Annual report on the working of the lock hospitals in the Central Provinces
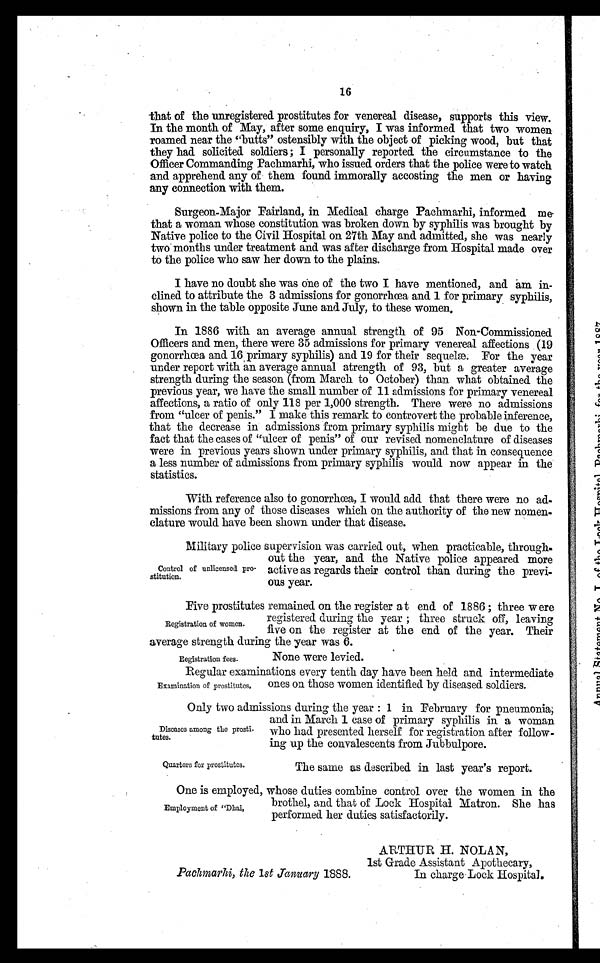
16
-that of the unregistered prostitutes for venereal disease, supports this view.
In the month of May, after some enquiry, I was informed that two women
roamed near the "butts" ostensibly with the object of picking wood, but that
they had solicited soldiers ; I personally reported the circumstance to the
Officer Commanding Pachmarhi, who issued orders that the police were to watch
and apprehend any of them found immorally accosting the men or having
any connection with them.
Surgeon-Major Fairland, in Medical charge Pachmarhi, informed me-
that a woman whose constitution was broken clown by syphilis was brought by
Native police to the Civil Hospital on 27th May and admitted, she was nearly
two" months under treatment and was after discharge from Hospital made over
to the police who saw her down to the plains.
I have no doubt she was one of the two I have mentioned, and am in-
clined to attribute the 3 admissions for gonorrhœa and 1 for primary syphilis,
shown in the table opposite June and. July, to these women.
In 1886 with an average annual strength of 95 Non-Commissioned
Officers and men, there were 35 admissions for primary venereal affections (19
gonorrhoea and 16 primary syphilis) and 19 for their sequelæ. For the year
under report with an average annual atrength of 93, but a greater average
strength during the season (from March to October) than what obtained the
previous year, we have the small number of 11 admissions for primary venereal
affections, a ratio of only 118 per 1,000 strength. There were no admissions
from "ulcer of penis." I make this remark to controvert the probable inference,
that the decrease in admissions from primary syphilis might be due to the
fact that the cases of "ulcer of penis" of our revised nomenclature of diseases
were in previous years shown under primary syphilis, and that in. consequence
a less number of admissions from. primary syphilis would now appear in. the
statistics.
With reference also to gonorrhoea, I would add that there were no ad-
missions from any of those diseases which on the authority of the new nomen-
clature would have been shown under that disease.
Military police supervision was carried out, when practicable, through.
out the year, and. the Native police appeared. more
active as regards their control than during the previ-
ous year.
Control of unlicensed pro-
stitution.
Five prostitutes remained on the register at end of 1886 ; three were
registered during the year ; three struck off, leaving
five on the register at the end. of the year. Their
average strength during the year was 6.
Registration of women.
Registration fees.
None were levied.
Regular examinations every tenth day have been held and intermediate
ones on those women identified by diseased. soldiers.
Examination of prostitutes,
Only two admissions during the year : 1 in February for pneumonia;
and. in March 1 case of primary syphilis in a woman
who had presented herself for registration after follow-
ing up the convalescents from Jubbulpore.
Diseases among the prosti.
Lutes.
Quarters for prostitutes.
The same as described in last year's report.
One is employed, whose duties combine control over the women in the
brothel, and. that of Lock Hospital Matron. She has
performed her duties satisfactorily.
Employment of "Dhai,
Pachmarhi, the 1st January 1888.
ARTHUR H. NOLAN,
1st Grade Assistant Apothecary,
In charge Lock Hospital.